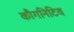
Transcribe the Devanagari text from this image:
कौगनिटिव